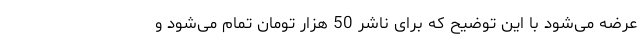
عرضه می‌شود با این توضیح که برای ناشر 50 هزار تومان تمام می‌شود و